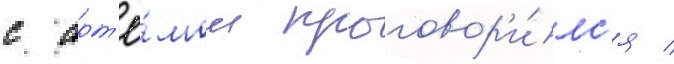
с арт'ё́мом проговор'и́лс'я /